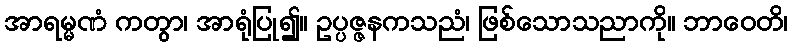
အာရမ္မဏံ ကတွာ၊ အာရုံပြု၍။ ဥပ္ပဇ္ဇနကသညံ၊ ဖြစ်သောသညာကို။ ဘာဝေတိ၊